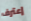
إعترف